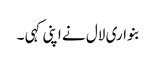
بنواری لال نے اپنی کہی ۔